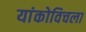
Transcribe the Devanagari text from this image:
यांकोविचला